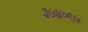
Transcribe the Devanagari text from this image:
३७४०९७